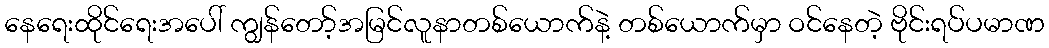
နေရေးထိုင်ရေးအပေါ် ကျွန်တော့်အမြင်လူနာတစ်ယောက်နဲ့ တစ်ယောက်မှာ ဝင်နေတဲ့ ဗိုင်းရပ်ပမာဏ